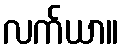
လက်ယာ။